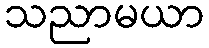
သညာမယာ